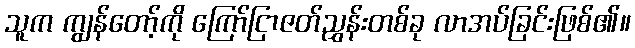
သူက ကျွန်တော့်ကို ကြော်ငြာဇတ်ညွှန်းတစ်ခု လာအပ်ခြင်းဖြစ်၏။